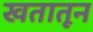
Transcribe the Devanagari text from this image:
खतातून